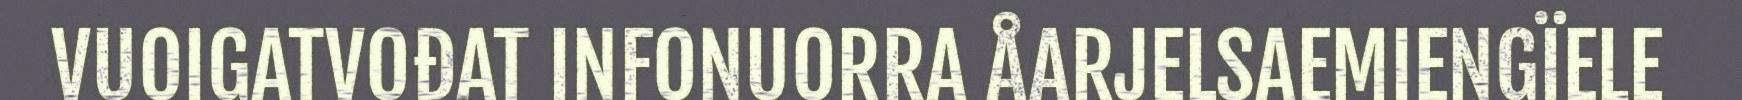
VUOIGATVOĐAT INFONUORRA ÅARJELSAEMIENGÏELE